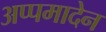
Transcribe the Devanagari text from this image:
अप्पमादेन